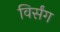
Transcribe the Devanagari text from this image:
विर्संग